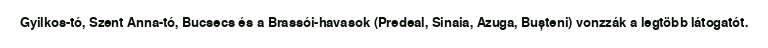
Gyilkos-tó, Szent Anna-tó, Bucsecs és a Brassói-havasok (Predeal, Sinaia, Azuga, Bușteni) vonzzák a legtöbb látogatót.